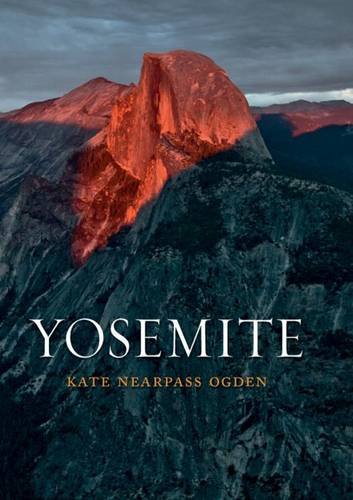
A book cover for Yosemite; Kate Nearpass Ogden; Travel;